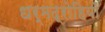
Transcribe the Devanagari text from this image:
धर्मद्रोहियों